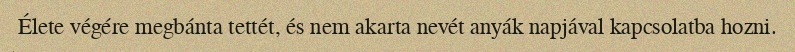
Élete végére megbánta tettét, és nem akarta nevét anyák napjával kapcsolatba hozni.